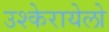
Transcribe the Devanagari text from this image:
उश्केरायेलो